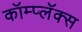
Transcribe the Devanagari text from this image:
कॉम्प्लॅक्स